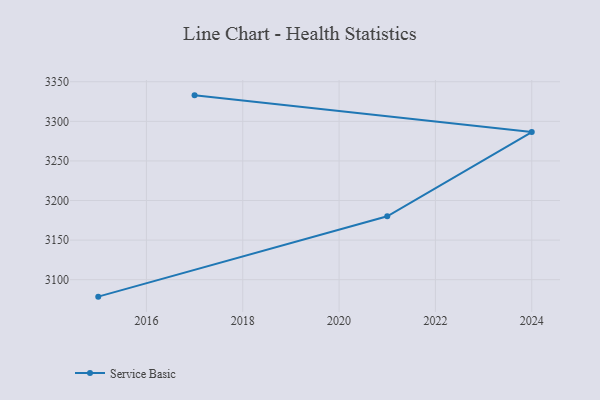
{"axis": {"x": "Year", "y": "Tickets Resolved"}, "legend": ["Service Basic"], "data": [{"x": "2017", "y": 3332.8, "type": "Service Basic"}, {"x": "2024", "y": 3286.4, "type": "Service Basic"}, {"x": "2021", "y": 3180.1, "type": "Service Basic"}, {"x": "2015", "y": 3078.6, "type": "Service Basic"}]}